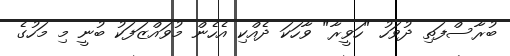
ބުރާސްފަތި ދުވަހު "ހަވީރާ" ވާހަކަ ދެއްކި އެހެން މުވައްޒަފަކު ބުނީ މި މަހުގެ